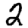
Digit: 2